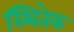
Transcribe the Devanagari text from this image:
स्थितेक